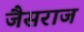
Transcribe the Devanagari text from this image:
जैसराज